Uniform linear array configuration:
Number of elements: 32
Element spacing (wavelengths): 1
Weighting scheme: exponential
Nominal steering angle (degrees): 45
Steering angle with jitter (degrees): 44.764
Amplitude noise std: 0.05
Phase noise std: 0.05

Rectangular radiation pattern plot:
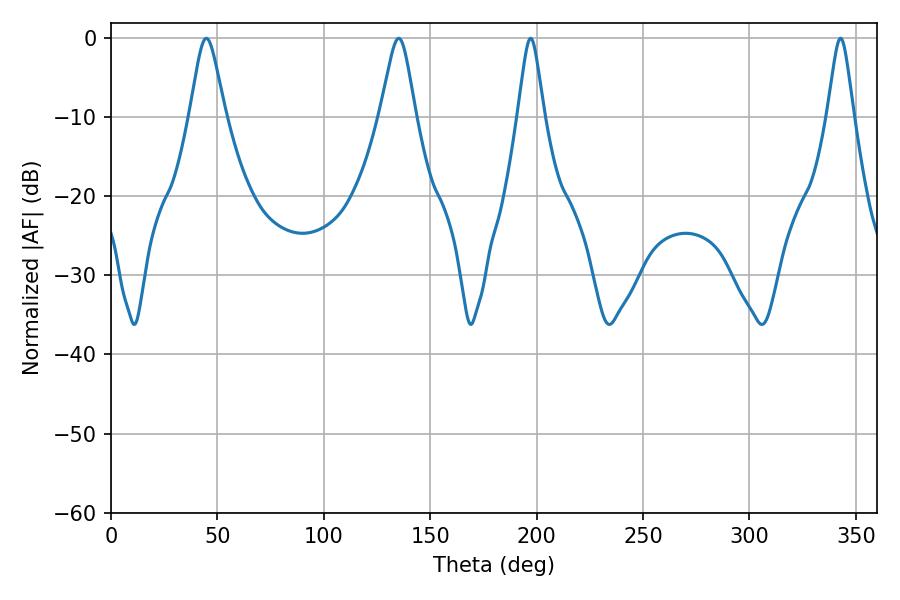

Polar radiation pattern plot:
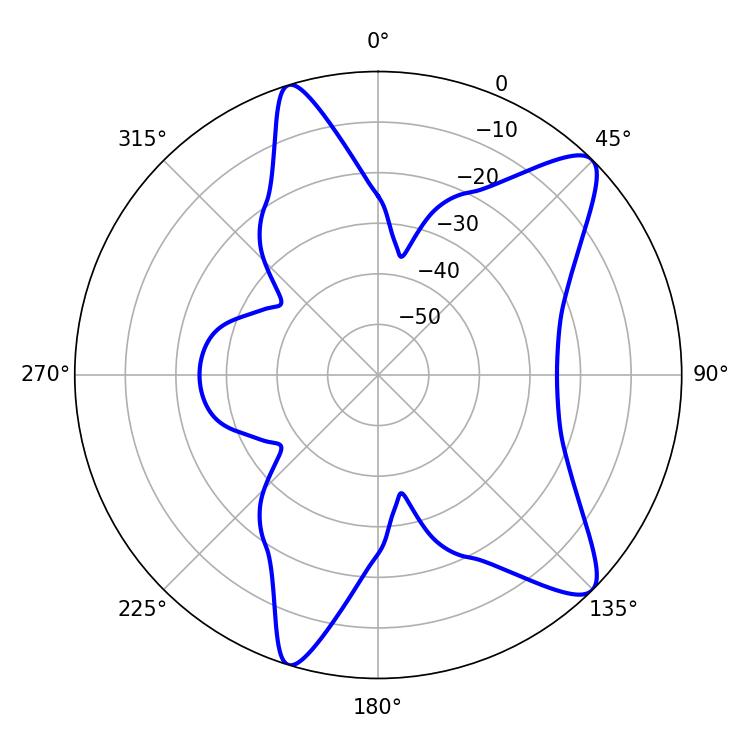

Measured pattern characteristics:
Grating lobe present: TRUE
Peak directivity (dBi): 10.716
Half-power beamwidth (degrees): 8.1
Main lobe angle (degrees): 135.18